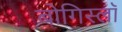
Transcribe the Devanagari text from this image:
बोगिस्लॉ